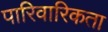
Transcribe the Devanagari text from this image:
पारिवारिकता